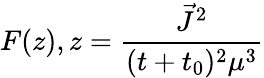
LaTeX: F(z),z=\frac{\vec{J}^{2}}{(t+t_{0})^{2}\mu^{3}}